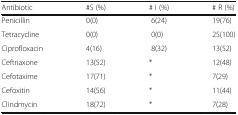
| Antibiotic | #S (%) | # I (%) | # R (%) |
 | --- | --- | --- | --- |
 | Penicillin | 0(0) | 6(24) | 19(76) |
 | Tetracycline | 0(0) | 0(0) | 25(100) |
 | Ciprofloxacin | 4(16) | 8(32) | 13(52) |
 | Ceftriaxone | 13(52) | * | 12(48) |
 | Cefotaxime | 17(71) | * | 7(29) |
 | Cefoxitin | 14(56) | * | 11(44) |
 | Clindmycin | 18(72) | * | 7(28) |